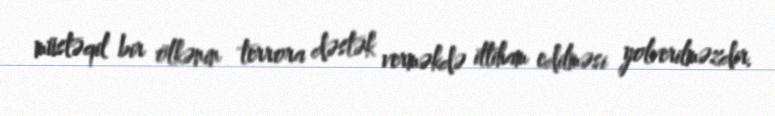
müstəqil bir ölkənin terrora dəstək verməkdə ittiham edilməsi yolverilməzdir.